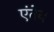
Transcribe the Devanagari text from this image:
एंतेन